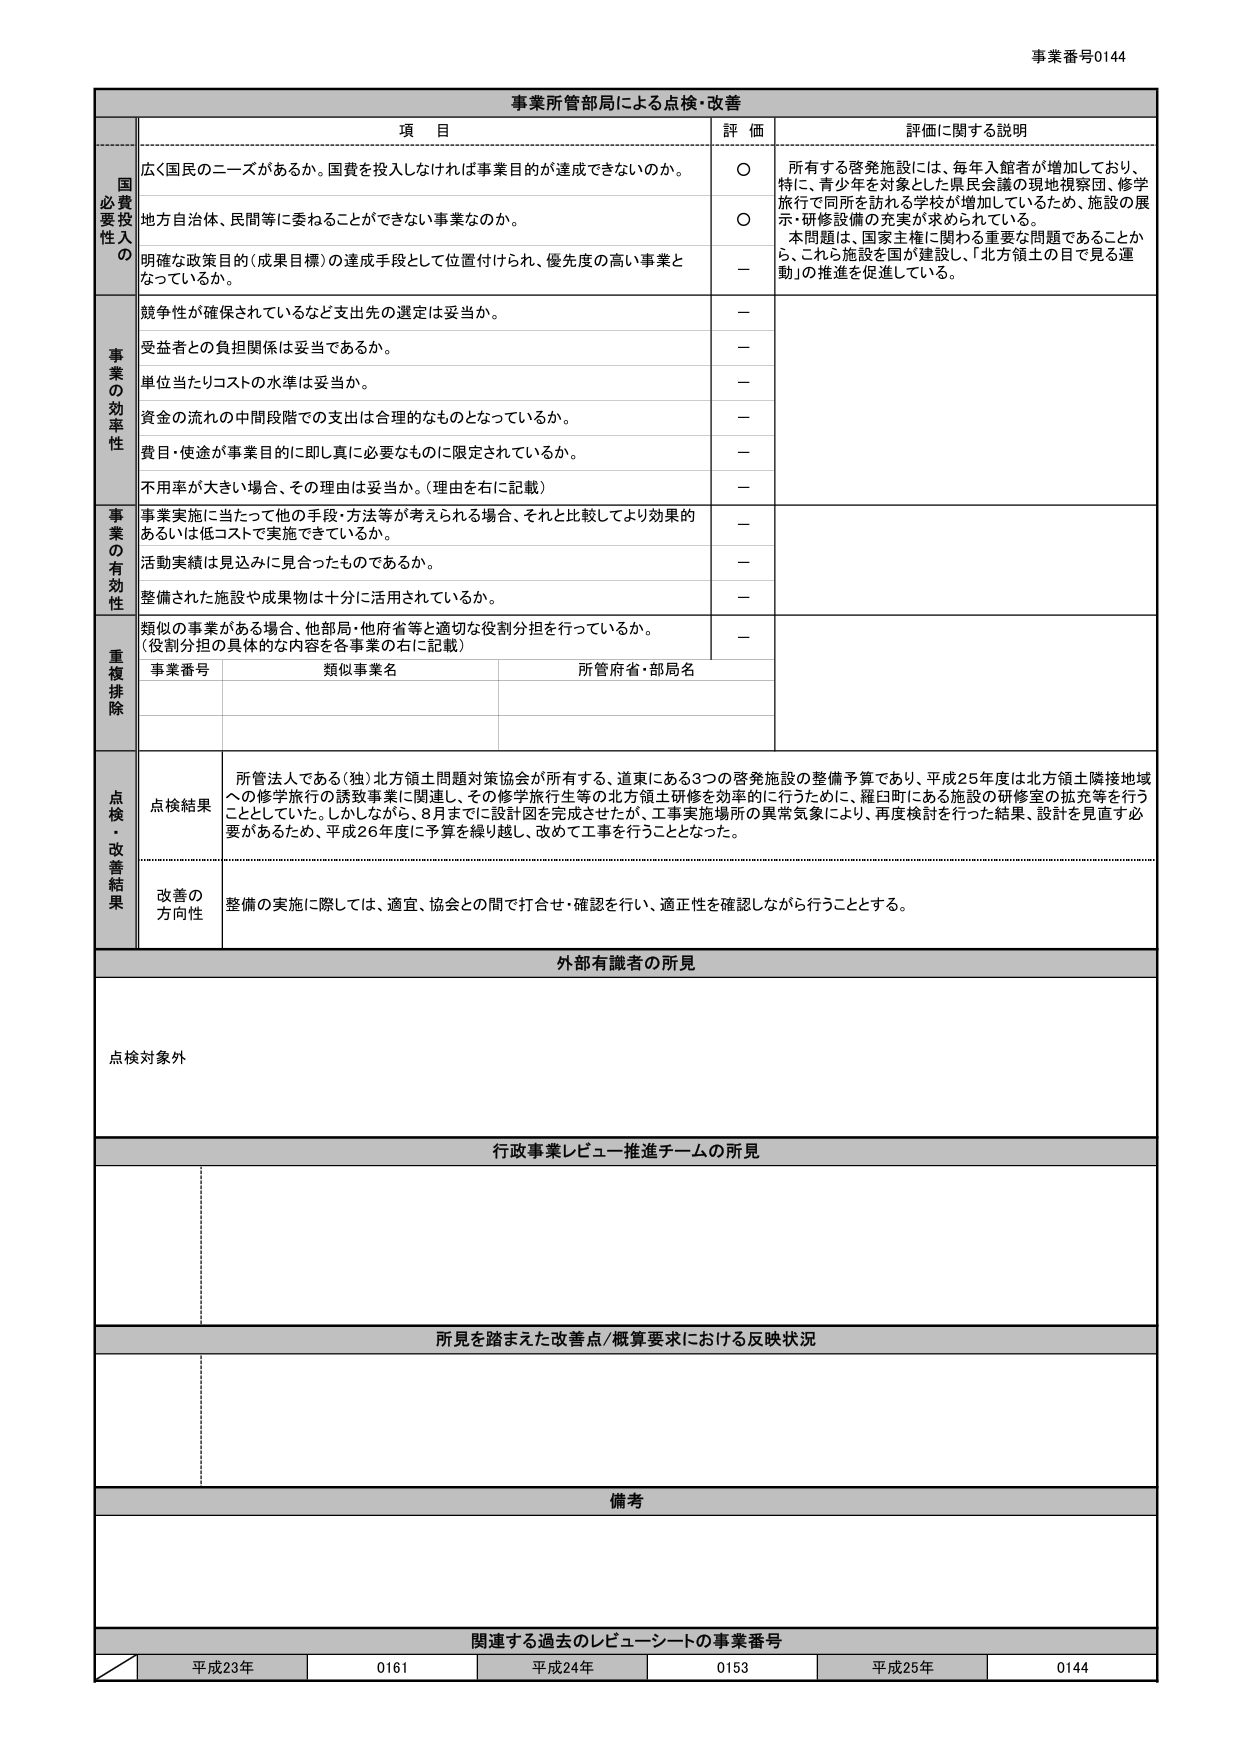
事業番号0144

事業所管部局による点検・改善

項 目 評 価 評価に関する説明

国費必要投入の
広く国民のニーズがあるか。国費を投入しなければ事業目的が達成できないのか。 ○ 所有する啓発施設には、毎年入館者が増加しており、特に、青少年を対象とした県民会議の現地視察団、修学旅行で同所を訪れる学校が増加しているため、施設の展示・研修設備の充実が求められている。本問題は、国家主権に関わる重要な問題であることから、これら施設を国が建設し、「北方領土の目で見る運動」の推進を促進している。
地方自治体、民間等に委ねることができない事業なのか。 ○
明確な政策目的（成果目標）の達成手段として位置付けられ、優先度の高い事業となっているか。 －

事業の効率性
競争性が確保されているなど支出先の選定は妥当か。 －
受益者との負担関係は妥当であるか。 －
単位当たりコストの水準は妥当か。 －
資金の流れの中間段階での支出は合理的なものとなっているか。 －
費目・使途が事業目的に即し真に必要なものに限定されているか。 －
不利用率が大きい場合、その理由は妥当か。（理由を右に記載） －

事業の有効性
事業実施に当たって他の手段・方法等が考えられる場合、それと比較してより効果的あるいは低コストで実施できているか。 －
活動実績は見込みに見合ったものであるか。 －
整備された施設や成果物は十分に活用されているか。 －

重複排除
類似の事業がある場合、他部局・他府省等と適切な役割分担を行っているか。（役割分担の具体的な内容を各事業の右に記載） －
事業番号 類似事業名 所管府省・部局名

点検・改善結果
点検結果 所管法人である（独）北方領土問題対策協会が所有する、道東にある3つの啓発施設の整備予算であり、平成25年度は北方領土隣接地域への修学旅行の誘致事業に関連し、その修学旅行生等の北方領土研修を効率的に行うために、羅臼町にある施設の研修室の拡充等を行うこととしていた。しかしながら、8月までに設計図を完成させたが、工事実施場所の異常気象により、再度検討を行った結果、設計を見直す必要があるため、平成26年度に予算を繰り越し、改めて工事を行うこととなった。
改善の方向性 整備の実施に際しては、適宜、協会との間で打合せ・確認を行い、適正性を確認しながら行うこととする。

外部有識者の所見
点検対象外

行政事業レビュー推進チームの所見

所見を踏まえた改善点／概算要求における反映状況

備考

関連する過去のレビューシートの事業番号
平成23年 0161 平成24年 0153 平成25年 0144